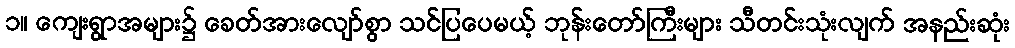
၁။ ကျေးရွာအများ၌ ခေတ်အားလျော်စွာ သင်ပြပေမယ့် ဘုန်းတော်ကြီးများ သီတင်းသုံးလျက် အနည်းဆုံး